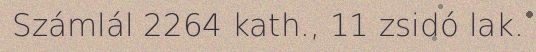
Számlál 2264 kath., 11 zsidó lak.